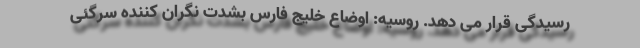
رسیدگی قرار می دهد. روسیه: اوضاع خلیج فارس بشدت نگران کننده سرگئی